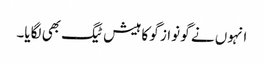
انہوں نے گو نواز گو کا ہیش ٹیگ بھی لگایا۔